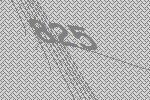
825